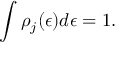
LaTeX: \int \rho _ { j } ( \epsilon ) d \epsilon = 1 .